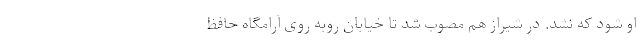
او شود که نشد. در شیراز هم مصوب شد تا خیابان روبه روی آرامگاه حافظ